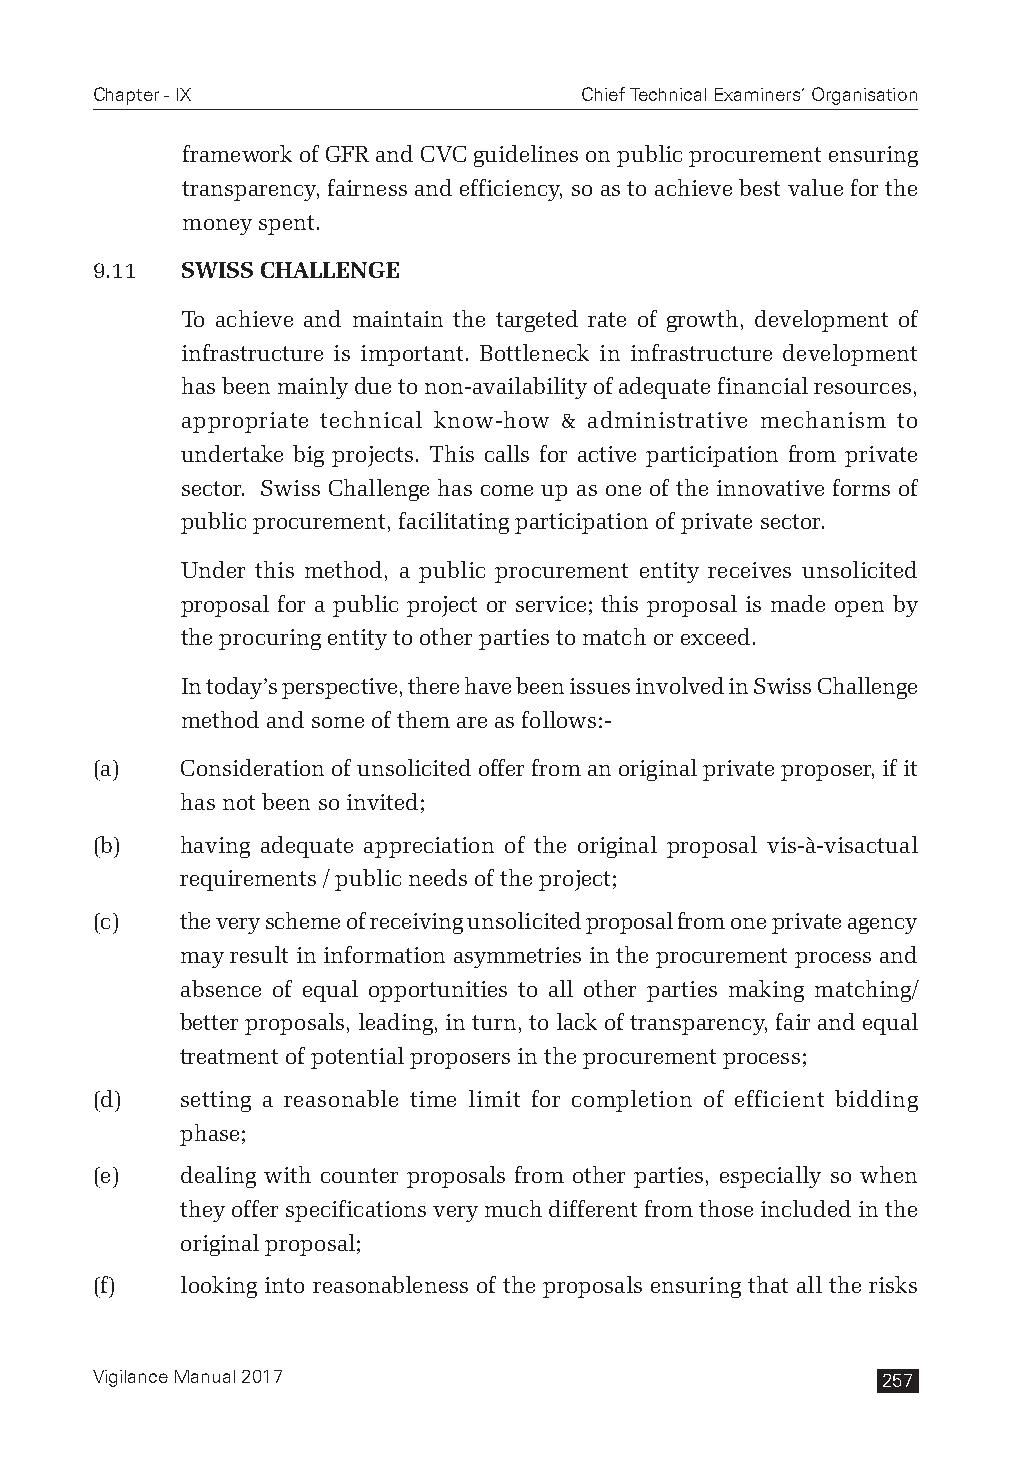
Chapter - IX                    Chief Technical Examiners’ Organisation
 framework of GFR and CVC guidelines on public procurement ensuring
 transparency, fairness and efficiency, so as to achieve best value for the
 money spent.
 9.11  SWISS CHALLENGE
 To achieve and maintain the targeted rate of growth, development of
 infrastructure is important. Bottleneck in infrastructure development
 has been mainly due to non-availability of adequate financial resources,
 appropriate technical know-how & administrative mechanism to
 undertake big projects. This calls for active participation from private
 sector. Swiss Challenge has come up as one of the innovative forms of
 public procurement, facilitating participation of private sector.
 Under this method, a public procurement entity receives unsolicited
 proposal for a public project or service; this proposal is made open by
 the procuring entity to other parties to match or exceed.
 In today’s perspective, there have been issues involved in Swiss Challenge
 method and some of them are as follows:-
 (a)   Consideration of unsolicited offer from an original private proposer, if it
 has not been so invited;
 (b)   having adequate appreciation of the original proposal vis-à-visactual
 requirements / public needs of the project;
 (c)   the very scheme of receiving unsolicited proposal from one private agency
 may result in information asymmetries in the procurement process and
 absence of equal opportunities to all other parties making matching/
 better proposals, leading, in turn, to lack of transparency, fair and equal
 treatment of potential proposers in the procurement process;
 (d)   setting a reasonable time limit for completion of efficient bidding
 phase;
 (e)   dealing with counter proposals from other parties, especially so when
 they offer specifications very much different from those included in the
 original proposal;
 (f)   looking into reasonableness of the proposals ensuring that all the risks
 Vigilance Manual 2017                               257